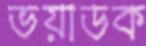
ভয়াডক